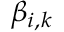
\beta _ { i , k }